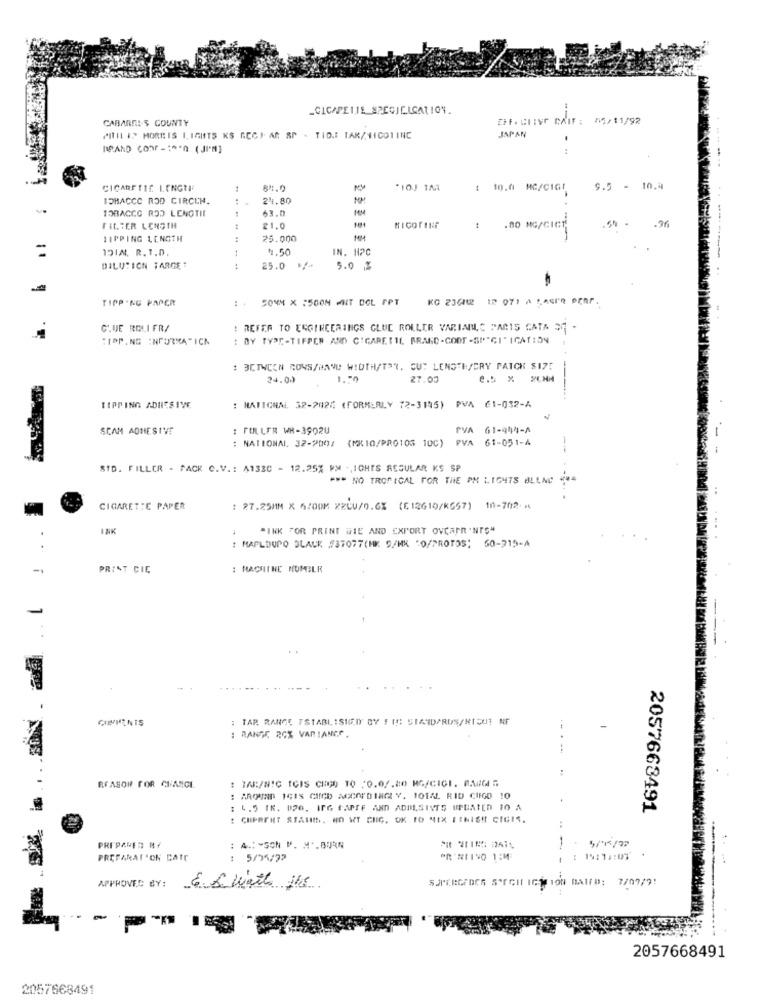
_CICAPEIJE SPECIELCATION.
CABARNE-S COUNTY
EiF. CLIVE CAIF: 55/11/92
JAPAN
PRIL IS MORRIS LIGHTS KS ACCIAR SP - TIDS TAR/NICOTINE
RPAND CONF -1O'O ( JI'M)
CICARFTIE LENGTH
84.0
*10J TM
: 10.0 MC/CIGI
9.5 - 10.4
ISHACCC ROD CIRCEN.
24.80
NM
TOBACCO ROD LENGTIL
53.0
.50
.36
FILTER LENGTH
21.0
NICOTINE
.80 MG/CICT
SIPPING LENGTH
..
25.000
1DIA. R. T.D.
1.50
IN. HPC
DILUTION TARGET
25.0
5.0 %
TIPP .KG PAPER
: . SONM X :50ON MIT DOL FPT
CLUE ROLI FRA
: REFER TO ENGINEERINGS GLUE ROLLER VARINIC PARIS CATA S7 -
TIPP.NS : NFORMA"ICN
: BY TYPE-TIFPER AND CIGARETTE. BRAND-CODT -SPECIFICATION
: 3CTWCON COWS/MAND WIDTH/TOR. CUT LENGTH/ERY PATCH $175
24.00
1. 00
27.00
----.
TIPPING ADHESIVE
: MATICHN, 32-7026 (FORMERLY 72-3115) PVA 61-032-4
SCAM ADHESIVE
: FULLER WB-3902U
PVA 61-944-A
: NATIONAL. 32-200/ (MKI0/PRO103 10C) PVA 61-051-4
STD. FILLER - PACK C.V .: A1330 - 12.25% WM -, IGHTS REGULAR KS SP
*** NO TROPICAL FOR THE PM LIGHTS BLEND ***
CIGARETTE PAPER
: 27.25MM X 6/00M XZLU/0.6X (512610/KG57) 10-702 -*
INK
"INK FOR PRINT DIE AND EXPORT OVCAPR 'NIS"
: MAPLDUPO DLAUK $37077(MK 9/MK '0/PROTOS; 60-715-4
PRINT CIE
: MACHINE HUMBLE
CHEMENTS
: TAR RANGE ESTABLISHED BY S IS STANDARDS/NIOUT NF
: BANDE 2CX VARIANCE.
.---
REASON FOR CHANGE
: TAB:/NIC ICIS CHO 10 :0.0/.80 MG/CIGI. ANCAS
: AROUND ICIS CICD ACCORDINGLY. 10TAL RID CUGO 10
: 4,5 IK. 826, IFG FAPTE AND ADIILSIVES UPDATED 10 A
2057663491
: CHIPREHT STAIIS, WO WT CHIC. OK TO MIX FINIS !! CIGI".
PREPARED BY
: A .: - SON M. M .. BURN
PREPARATION CATE
: 5/15/32
OR 'NIINO 1;M
19:11:07
APPROVED BY:
6.5 watts its
SJPCRGIOCA STECH ICTION DAIFD: 7/07/9!
2057668491
2057668491